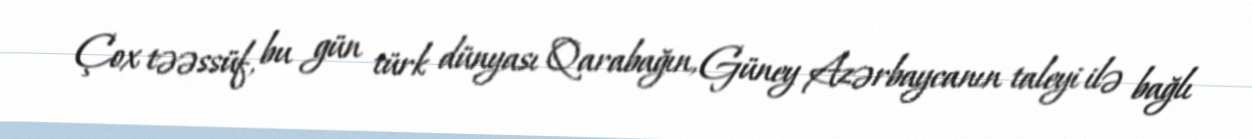
Çox təəssüf, bu gün türk dünyası Qarabağın, Güney Azərbaycanın taleyi ilə bağlı